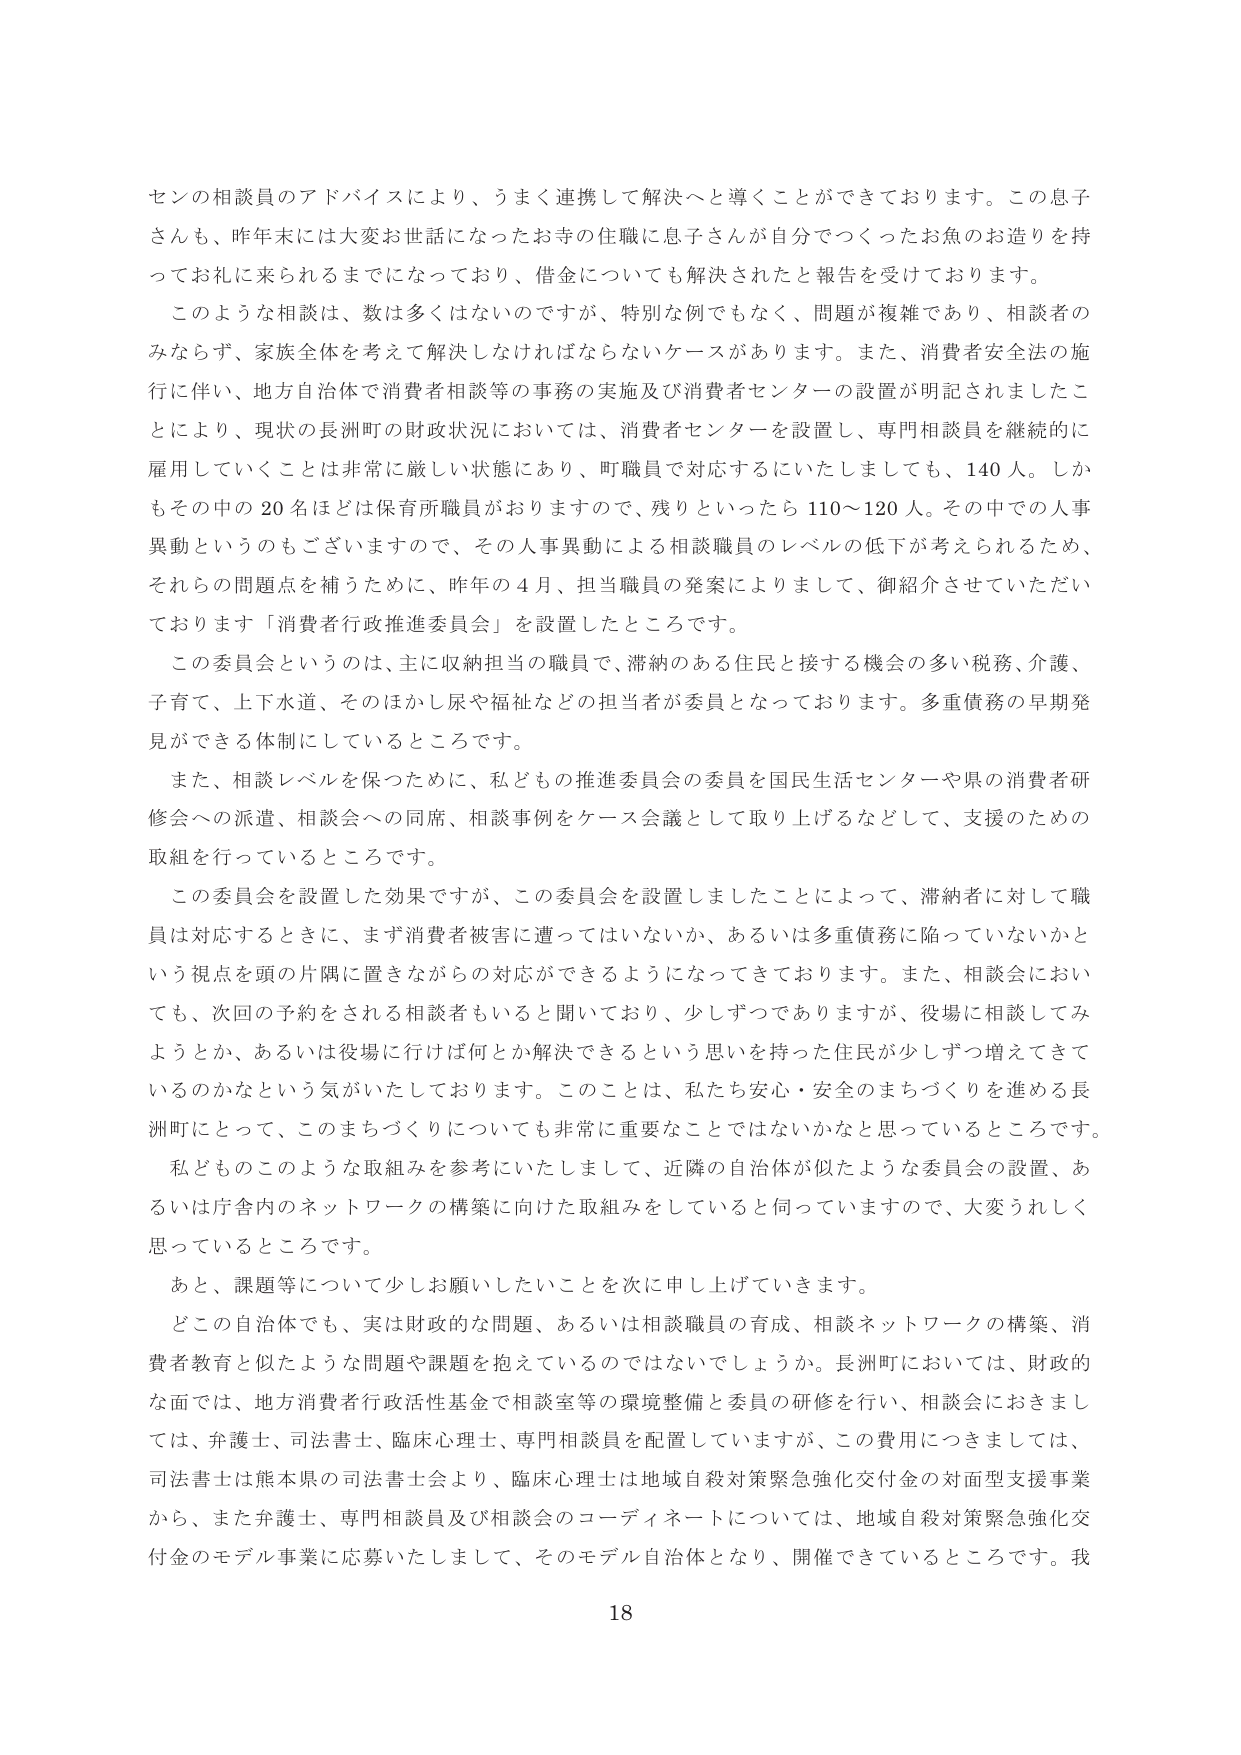
センの相談員のアドバイスにより、うまく連携して解決へと導くことができております。この息子さんも、昨年末には大変お世話になったお寺の住職に息子さんが自分でつくったお魚のお造りを持ってお礼に来られるまでになっており、借金についても解決されたと報告を受けております。

このような相談は、数は多くはないのですが、特別な例でもなく、問題が複雑であり、相談者のみならず、家族全体を考えて解決しなければならないケースがあります。また、消費者安全法の施行に伴い、地方自治体で消費者相談等の事務の実施及び消費者センターの設置が明記されましたことにより、現状の長洲町の財政状況においては、消費者センターを設置し、専門相談員を継続的に雇用していくことは非常に厳しい状態にあり、町職員で対応するにいたしましても、140人。しかもその中の20名ほどは保育所職員がおりますので、残りといったら110～120人。その中での人事異動というのもございますので、その人事異動による相談職員のレベルの低下が考えられるため、それらの問題点を補うために、昨年の4月、担当職員の発案によりまして、御紹介させていただいております「消費者行政推進委員会」を設置したところです。

この委員会というのは、主に収納担当の職員で、滞納のある住民と接する機会の多い税務、介護、子育て、上下水道、そのほかし尿や福祉などの担当者が委員となっております。多重債務の早期発見ができる体制にしているところです。

また、相談レベルを保つために、私どもの推進委員会の委員を国民生活センターや県の消費者研修会への派遣、相談会への同席、相談事例をケース会議として取り上げるなどして、支援のための取組を行っているところです。

この委員会を設置した効果ですが、この委員会を設置しましたことによって、滞納者に対して職員は対応するときに、まず消費者被害に遭ってはいないか、あるいは多重債務に陥っていないかという視点を頭の片隅に置きながらの対応ができるようになってきております。また、相談会においても、次回の予約をされる相談者もいると聞いており、少しずつでありますが、役場に相談してみようとか、あるいは役場に行けば何とか解決できるという思いを持った住民が少しずつ増えてきて いるのかなという気がいたしております。このことは、私たち安心・安全のまちづくりを進める長洲町にとって、このまちづくりについても非常に重要なことではないかなと思っているところです。

私どものこのような取組みを参考にいたしまして、近隣の自治体が似たような委員会の設置、あるいは庁舎内のネットワークの構築に向けた取組みをしていると伺っていますので、大変うれしく思っているところです。

あと、課題等について少しお願いしたいことを次に申し上げていきます。

どこの自治体でも、実は財政的な問題、あるいは相談職員の育成、相談ネットワークの構築、消費者教育と似たような問題や課題を抱えているのではないでしょうか。長洲町においては、財政的な面では、地方消費者行政活性基金で相談室等の環境整備と委員の研修を行い、相談会におきましては、弁護士、司法書士、臨床心理士、専門相談員を配置していますが、この費用につきましては、司法書士は熊本県の司法書士会より、臨床心理士は地域自殺対策緊急強化交付金の対面型支援事業から、また弁護士、専門相談員及び相談会のコーディネートについては、地域自殺対策緊急強化交付金のモデル事業に応募いたしまして、そのモデル自治体となり、開催できているところです。我

18